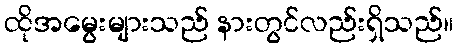
ထိုအမွေးများသည် နားတွင်လည်းရှိသည်။